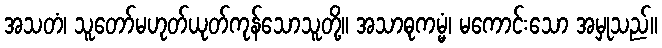
အသတံ၊ သူတော်မဟုတ်ယုတ်ကုန်သောသူတို့။ အသာဓုကမ္မံ၊ မကောင်းသော အမှုသည်။